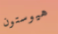
هيوستون